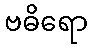
ဗဓိရော